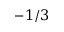
- 1 / 3